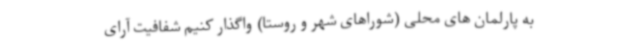
به پارلمان های محلی (شوراهای شهر و روستا) واگذار کنیم شفافیت آرای